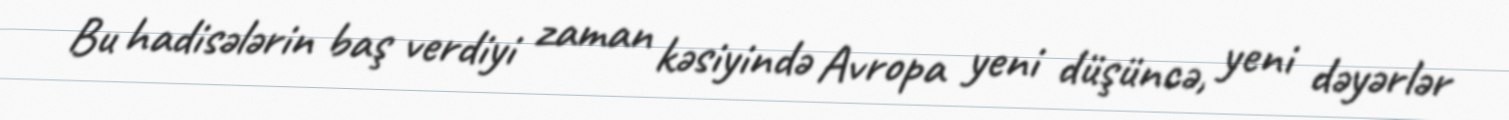
Bu hadisələrin baş verdiyi zaman kəsiyində Avropa yeni düşüncə, yeni dəyərlər